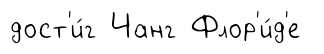
дост'и́г Чанг Флор'и́д'е